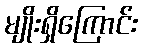
မျိုးရှိကြောင်း